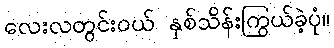
လေးလတွင်းဝယ် နှစ်သိန်းကြွယ်ခဲ့ပုံ။